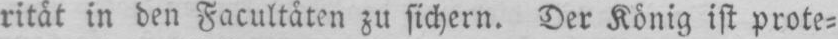
rität in den Facultäten zu sichern. Der König ist prote⸗